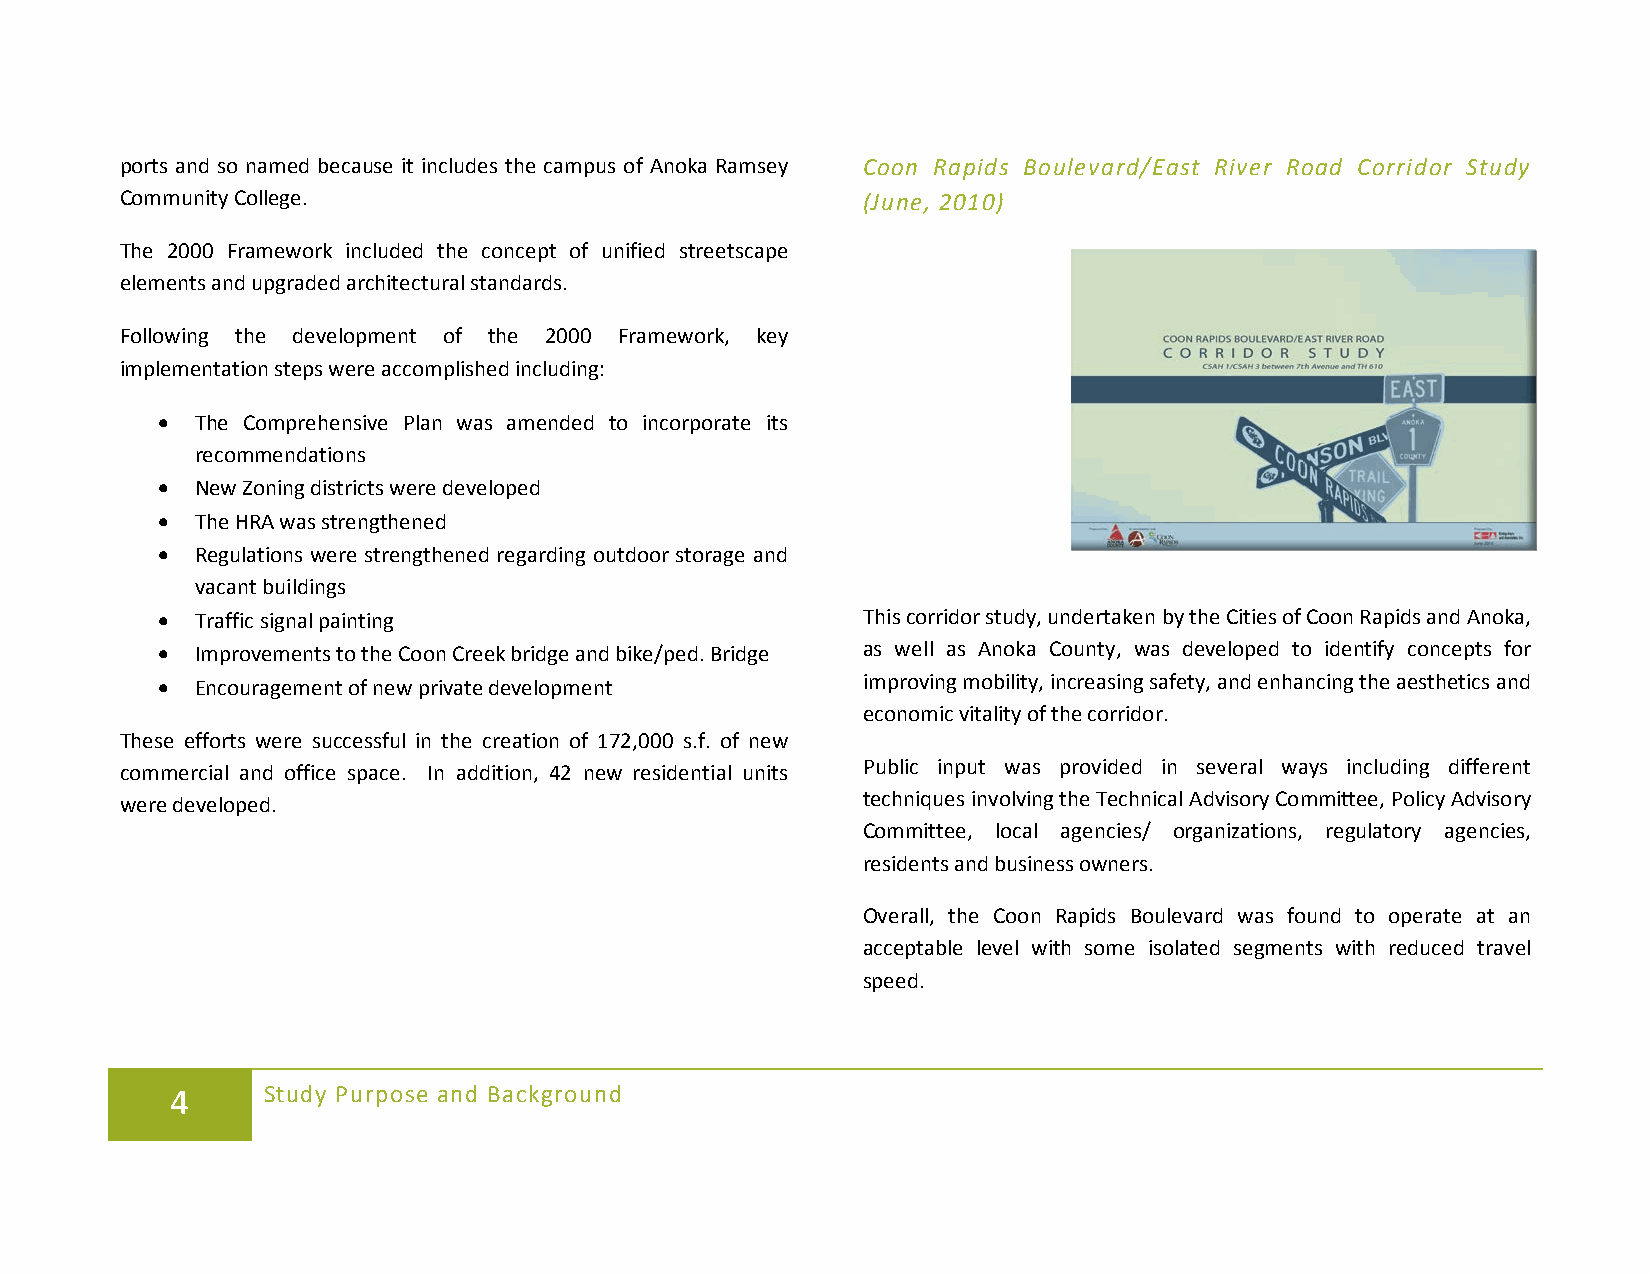
ports and so named because it includes the campus of Anoka Ramsey Coon Rapids Boulevard/East River Road Corridor Study
 Community College.                               (June, 2010)
 The 2000 Framework included the concept of unified streetscape
 elements and upgraded architectural standards.
 Following the development of the 2000 Framework, key
 implementation steps were accomplished including:
 •  The Comprehensive Plan was amended to incorporate its
 recommendations
 •  New Zoning districts were developed
 •  The HRA was strengthened
 •  Regulations were strengthened regarding outdoor storage and
 vacant buildings
 •  Traffic signal painting                     This corridor study, undertaken by the Cities of Coon Rapids and Anoka,
 •  Improvements to the Coon Creek bridge and bike/ped. Bridge as well as Anoka County, was developed to identify concepts for
 •  Encouragement of new private development    improving mobility, increasing safety, and enhancing the aesthetics and
 economic vitality of the corridor.
 These efforts were successful in the creation of 172,000 s.f. of new
 commercial and office space. In addition, 42 new residential units Public input was provided in several ways including different
 were developed.                                  techniques involving the Technical Advisory Committee, Policy Advisory
 Committee, local agencies/ organizations, regulatory agencies,
 residents and business owners.
 Overall, the Coon Rapids Boulevard was found to operate at an
 acceptable level with some isolated segments with reduced travel
 speed.
 4     Study Purpose and Background